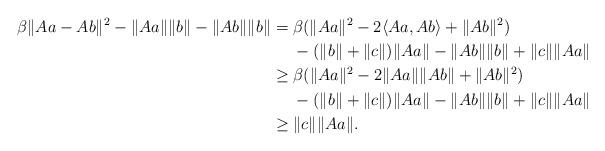
LaTeX: \begin{align*}\beta\|Aa-Ab\|^2 - \|Aa\| \|b\| - \|Ab\| \|b\| &= \beta(\|Aa\|^2 - 2\langle Aa,Ab \rangle + \|Ab\|^2) \\&\ \ \ \ -(\|b\|+\|c\|)\|Aa\| - \|Ab\| \|b\| + \|c\|\|Aa\| \\&\geq \beta(\|Aa\|^2 - 2\|Aa\| \|Ab\| + \|Ab\|^2) \\&\ \ \ \ -(\|b\|+\|c\|)\|Aa\| - \|Ab\| \|b\| + \|c\|\|Aa\| \\&\geq \|c\|\|Aa\|.\end{align*}